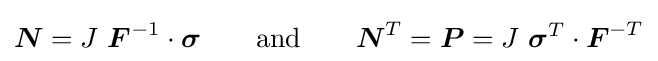
{\boldsymbol {N}}=J~{\boldsymbol {F}}^{-1}\cdot {\boldsymbol {\sigma }}\qquad {\text{and}}\qquad {\boldsymbol {N}}^{T}={\boldsymbol {P}}=J~{\boldsymbol {\sigma }}^{T}\cdot {\boldsymbol {F}}^{-T}